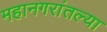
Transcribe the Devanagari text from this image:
महानगरांतल्या